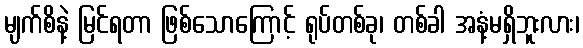
မျက်စိနဲ့ မြင်ရတာ ဖြစ်သောကြောင့် ရုပ်တစ်ခု၊ တစ်ခါ အနံ့မရှိဘူးလား၊